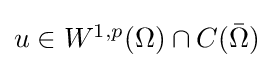
{\textstyle u\in W^{1,p}(\Omega )\cap C({\bar {\Omega }})}